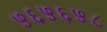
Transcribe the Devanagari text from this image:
५६५६५८